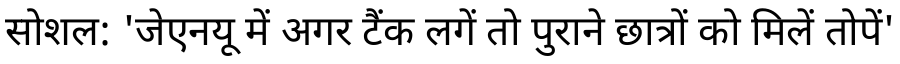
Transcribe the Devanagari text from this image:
सोशल: 'जेएनयू में अगर टैंक लगें तो पुराने छात्रों को मिलें तोपें'